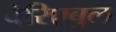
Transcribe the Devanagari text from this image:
वेरिएबुल